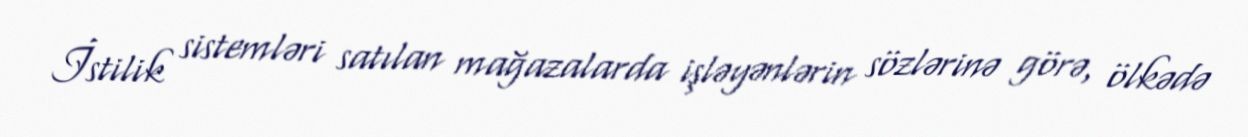
İstilik sistemləri satılan mağazalarda işləyənlərin sözlərinə görə, ölkədə